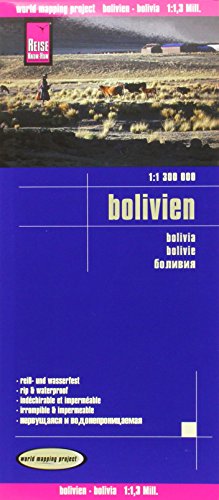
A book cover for Bolivien = Bolivia = Bolivie; Reise Know-How Verlag; Travel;